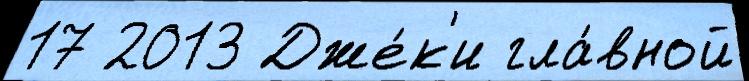
17 2013 Дже́к'и гла́вной